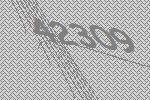
42309